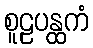
စူဠပန္ထကံ